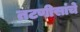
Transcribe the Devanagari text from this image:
तटणीसांचे